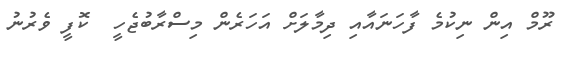
ރޫމް އިން ނިކުމެ ފާހަނައާއި ދިމާލަށް އަހަރެން މިސްރާބުޖެހީ  ކޮފީ ވެރުނު